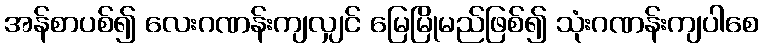
အန်စာပစ်၍ လေးဂဏန်းကျလျှင် မြေမြိုမည်ဖြစ်၍ သုံးဂဏန်းကျပါစေ